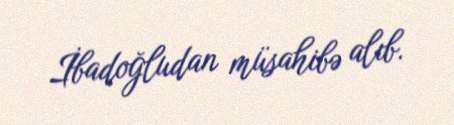
İbadoğludan müsahibə alıb.